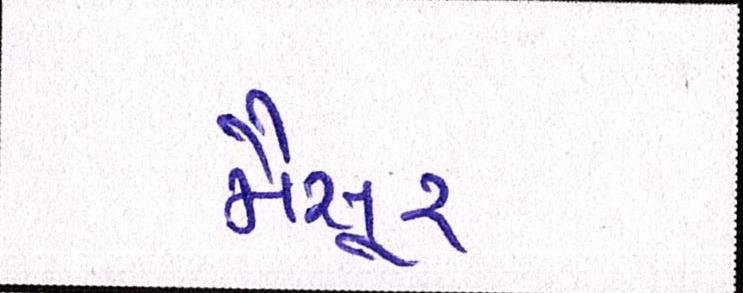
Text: મૈસૂર